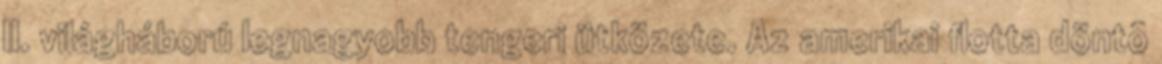
II. világháború legnagyobb tengeri ütközete. Az amerikai flotta döntõ